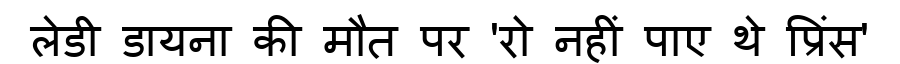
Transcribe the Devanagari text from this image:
लेडी डायना की मौत पर 'रो नहीं पाए थे प्रिंस'